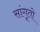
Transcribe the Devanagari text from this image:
सांगूतो